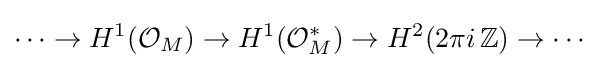
\cdots \to H^{1}({\mathcal {O}}_{M})\to H^{1}({\mathcal {O}}_{M}^{*})\to H^{2}(2\pi i\,\mathbb {Z} )\to \cdots